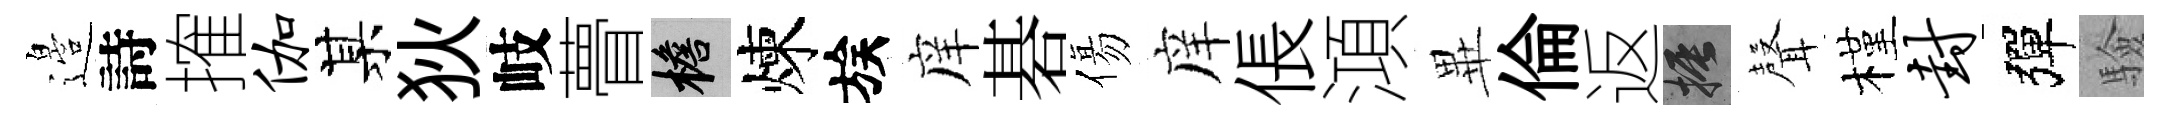
邉詩搉伽某狄岐瞢檐煉族庠碁傷庠倀澒𭺾倫返振𮋻槿封彈驗